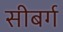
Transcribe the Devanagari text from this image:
सीबर्ग